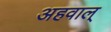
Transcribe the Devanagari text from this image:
अहवाल्